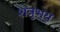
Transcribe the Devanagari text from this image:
शत्रुभय